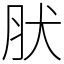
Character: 肰